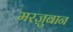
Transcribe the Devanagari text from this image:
मरज़ुबान